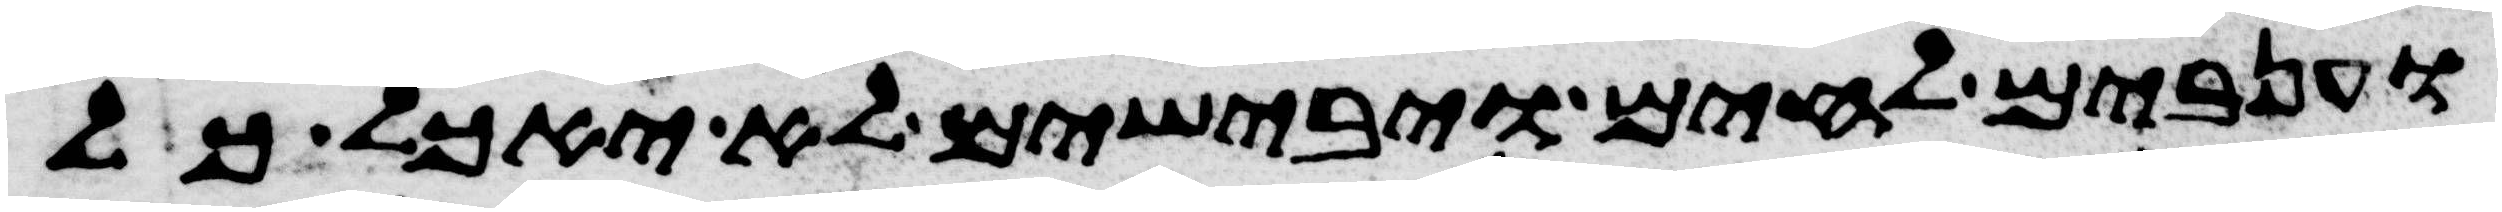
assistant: וענבים לחים ויבישים לא יאכל כל